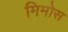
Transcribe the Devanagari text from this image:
मिमोस